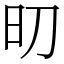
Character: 旫